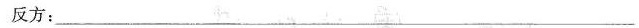
反方：___